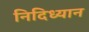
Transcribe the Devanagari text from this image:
निदिध्यान